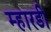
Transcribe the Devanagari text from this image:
म्हारडी